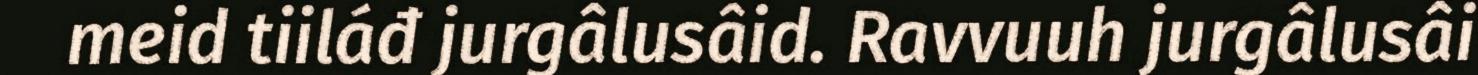
meid tiiláđ jurgâlusâid. Ravvuuh jurgâlusâi